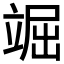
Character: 𥪊